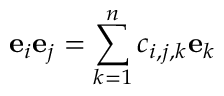
\mathbf { e } _ { i } \mathbf { e } _ { j } = \sum _ { k = 1 } ^ { n } c _ { i , j , k } \mathbf { e } _ { k }